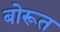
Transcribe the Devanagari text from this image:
बोरूत